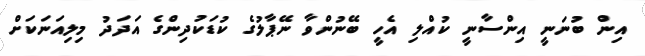
އިން ބުނަނީ އިންސާނީ ކުއްލި އެހީ ބޭނުންވާ ނޭޕާލުގެ ކުޑަކުދިންގެ އަދަދު މިލިއަނަކަށް